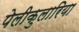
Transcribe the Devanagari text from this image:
पेलीकुलारिया